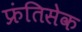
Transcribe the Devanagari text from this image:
फ्रंतिसेक